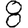
Digit: 8